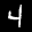
Label: 4